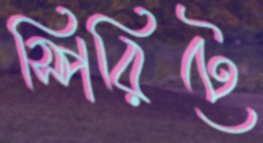
স্পিরিটে